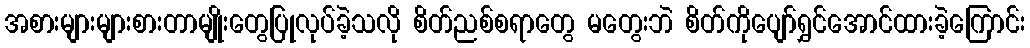
အစားများများစားတာမျိုးတွေပြုလုပ်ခဲ့သလို စိတ်ညစ်စရာတွေ မတွေးဘဲ စိတ်ကိုပျော်ရွှင်အောင်ထားခဲ့ကြောင်း